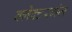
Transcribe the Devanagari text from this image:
क्लेक्टरगंज